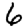
Digit: 6